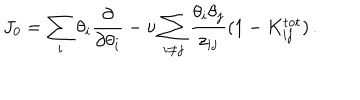
LaTeX: J _ { 0 } = \sum _ { i } \theta _ { i } { \frac { \partial } { \partial \theta _ { i } } } - \nu \sum _ { i \ne j } { \frac { \theta _ { i } \theta _ { j } } { z _ { i j } } } ( 1 - K _ { i j } ^ { \mathrm { t o t } } ) \, .